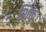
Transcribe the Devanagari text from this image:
शिकु